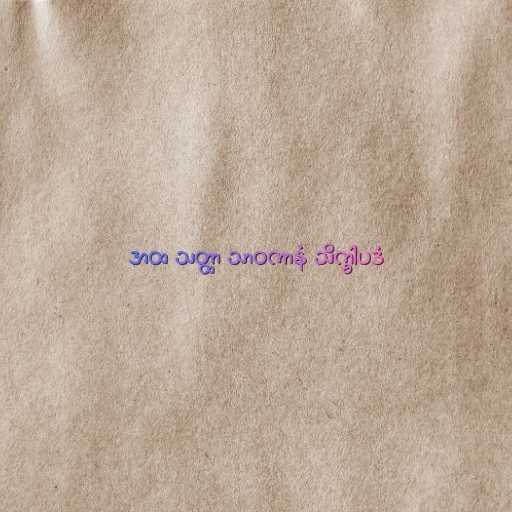
အထ သတ္ထာ သာဝကာနံ သိက္ခါပဒံ